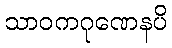
သာဝကဂုဏေနပိ